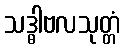
သဒ္ဓါဗလသုတ္တံ